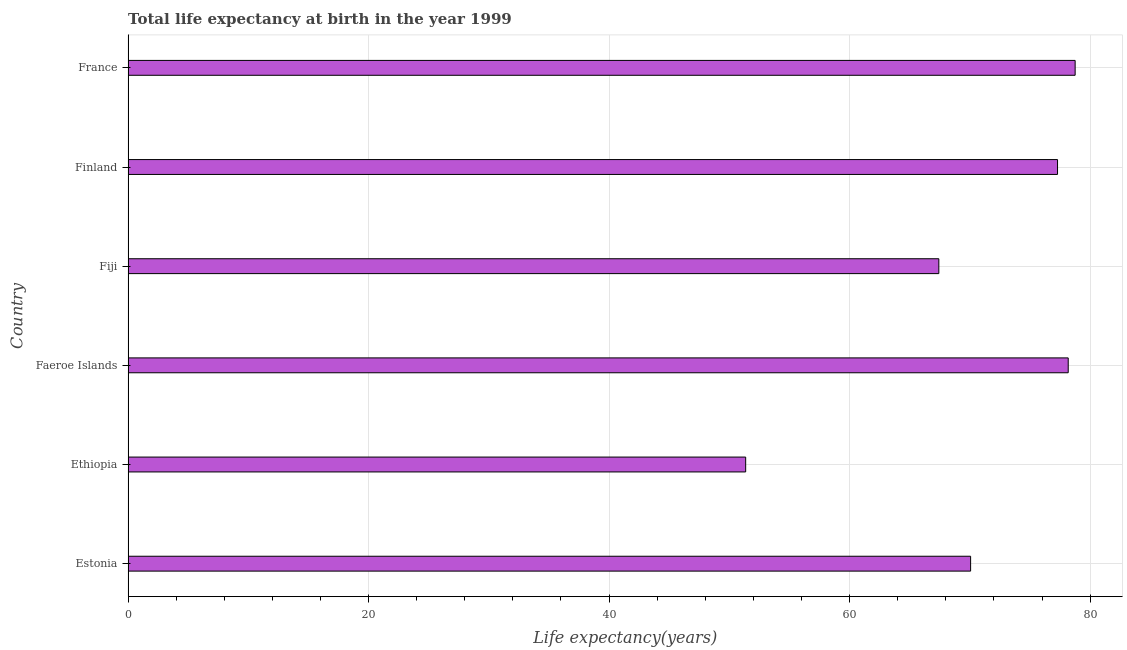
| Country | Life expectancy at birth |
 | --- | --- |
 | Estonia | 70.1 |
 | Ethiopia | 51.4 |
 | Faeroe Islands | 78.2 |
 | Fiji | 67.4 |
 | Finland | 77.3 |
 | France | 78.8 |